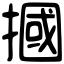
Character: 摑